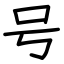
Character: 号